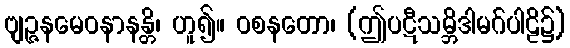
ဗျဉ္ဇနမေဝနာနန္တိ၊ ဟူ၍။ ဝစနတော၊ (ဤပဋီသမ္ဘိဒါမဂ်ပါဠိ၌)